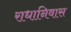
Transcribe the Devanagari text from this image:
राधानिवास